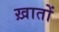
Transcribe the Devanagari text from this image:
ख़ातों